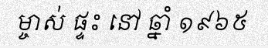
ម្ចាស់ ផ្ទះ នៅ ឆ្នាំ ១៩៦៥